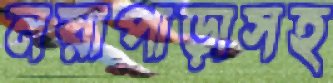
নয়াপাড়াসহ